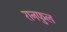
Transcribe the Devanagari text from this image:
रानफुल